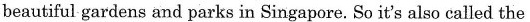
beautiful gardens and parks in Singapore. So it's also called the